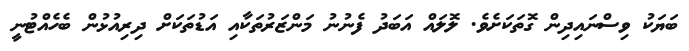
ބަޔަކު ވިސްނައިދިން ގޮތަކަށެވެ. ލޮލައް އަބަދު ފެނުނު މަންޒަރުތަކާއި އަޑުތަކަށް ދިރިއުޅުން ބެހެއްޓުނީ